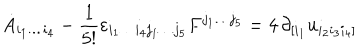
\dot { A } _ { i _ { 1 } \dots i _ { 4 } } - \frac { 1 } { 5 ! } \varepsilon _ { i _ { 1 } \dots i _ { 4 } j _ { 1 } \dots j _ { 5 } } F ^ { j _ { 1 } \dots j _ { 5 } } = 4 \, \partial _ { [ i _ { 1 } } u _ { i _ { 2 } i _ { 3 } i _ { 4 } ] }